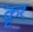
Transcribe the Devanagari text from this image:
क्रृर